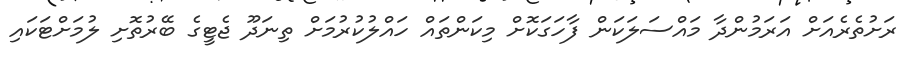
ރަށުތެރެއަށް އަރަމުންދާ މައްސަލަކަން ފާހަގަކޮށް މިކަންތައް ހައްލުކުރުމަށް ތިނަދޫ ޖެޓީގެ ބޭރުތޮށި ލުމަށްޓަކައި